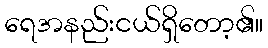
ရေအနည်းငယ်ရှိတော့၏။